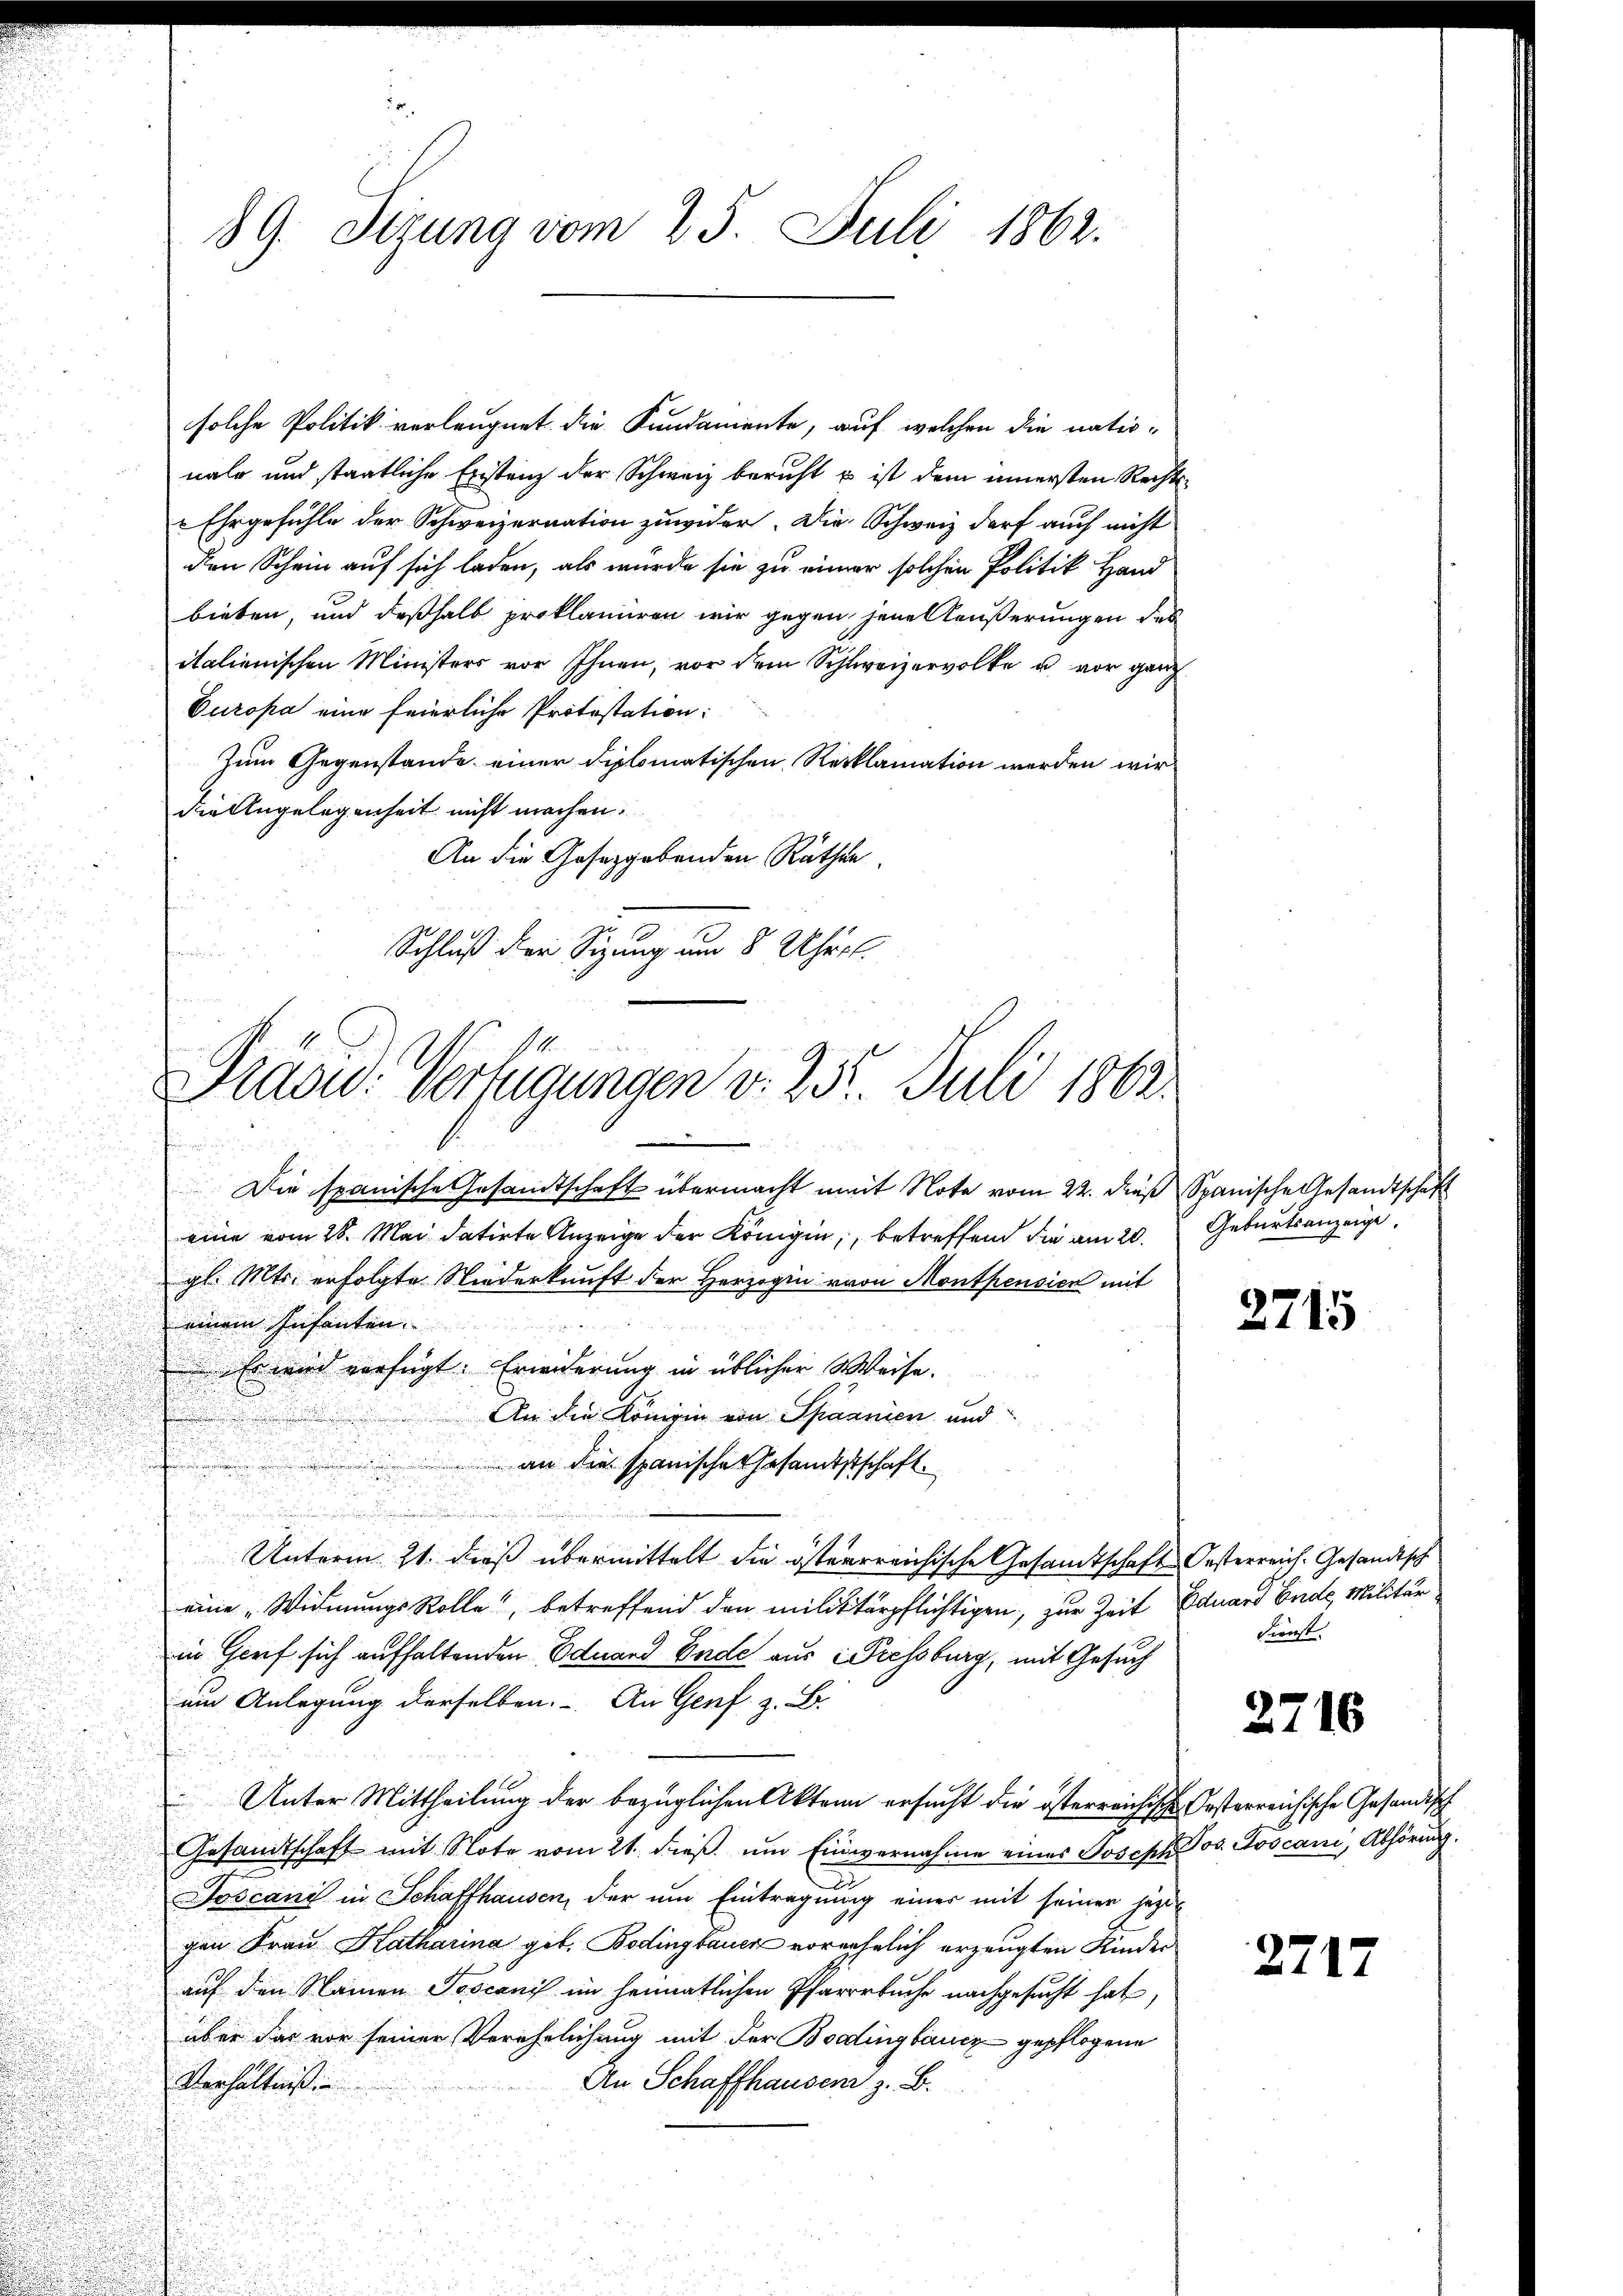
89. Sizung vom 25. Juli 1862.

solche Politik verleugnet die Fundamente, auf welchen die nationale und staatliche Erstenz der Schweiz beruht u ist dem innersten Rechts¬
"Ehrgefühle der Schweizernation zuwider. Die Schweiz darf auch nicht
den Schein auf sich laden, als würde sie zu einer solchen Politik Hand
bieten, und deßhalb proklamiren wir gegen jene Aeußerungen des
italienischen Ministers vor Ihnen, vor dem Schweizervolke u. vor ganz
Europa eine feierliche Protestation:
Zum Gegenstände einer diplomatischen Reklamation werden wir
die Angelegenheit nicht machen.
An die Gesetzgebenden Räthen
Schluß der Sitzung um 8 Uhrrl.

Prasw. Verfügungen v. 255. Juli 1862.

Die spanische Gesamtschaft übermacht mit Note vom 22. dieß Spanische Gesandtschaft
eine vom 28. Mai datirte Anzeige der Königen, betreffend die am 20.
gl. Mts. erfolgte Niederkunft der Herzogin von Montpensich mit
Deinem Infanten.
Es wird verfügt. Erwiderung in üblicher Weise.
An die Königin von Spaanien und
an die spanischen Gesamtstschaft.
.
u
Unterm 21. dieß übermittelt die österrreichische Gesamtschaft Oesterreich. Gesandtsch
eine „Widmungs Rolle, betreffend den militärpflichtigen, zur Zeit
in Gorf sich aufhaltenden Eduard Ende aus Diessburg, mit Gesuch
ein Anlegung derselben. - An Genf z. B.
Unter Mittheilung der bezüglichen Akten ersucht die österreichischen Oesterreichische Gesandisch
Gesandtschaft mit Note vom 21. dieß, um Einvernahme eines Joseph
Joscani in Schaffhausen, der um Eintragung einer mit seiner jezigen Frau Katharina geb. Bodingbauer vornehmlich erzeugten Kinder
auf den Namen Toscani im heimatlichen Pfarrrbuche nachgesucht hat,
über das vor seiner Verehelichung mit der Bodingbaucz gepflogene
An Schaffhausend z. B.
Verhältniß

Geburtsanzeige.

2715

Eduard Einde, Militär
Firnst,

2716

Jos. Joscani, Abhörung.

2717